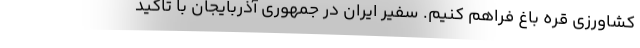
کشاورزی قره باغ فراهم کنیم. سفیر ایران در جمهوری آذربایجان با تاکید